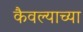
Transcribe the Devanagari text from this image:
कैवल्याच्या